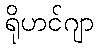
ရိုဟင်ဂျာ